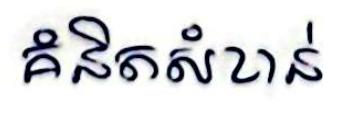
គំនិតសំខាន់